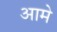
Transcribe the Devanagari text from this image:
आमे